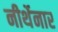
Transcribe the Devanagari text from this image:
नीर्थेनार